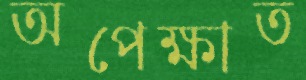
অপেক্ষাত